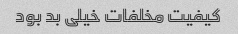
کیفیت مخلفات خیلی بد بود